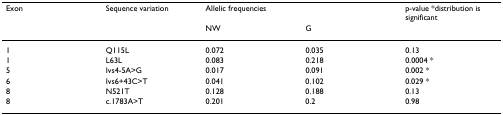
| Exon | Sequence variation | <COLSPAN=2> Allelic frequencies | p-value *distribution is significant |
 |  |  | NW | G |  |
 | --- | --- | --- | --- | --- |
 | 1 | Q115L | 0.072 | 0.035 | 0.13 |
 | 1 | L63L | 0.083 | 0.218 | 0.0004 * |
 | 5 | Ivs4-5A>G | 0.017 | 0.091 | 0.002 * |
 | 6 | Ivs6+43C>T | 0.041 | 0.102 | 0.029 * |
 | 8 | N521T | 0.128 | 0.188 | 0.13 |
 | 8 | c.1783A>T | 0.201 | 0.2 | 0.98 |